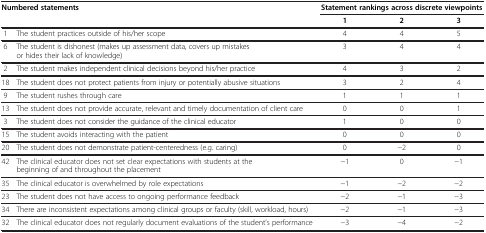
<table><thead><tr><td colspan="2"><b>Numbered statements</b></td><td colspan="3"><b>Statement rankings across discrete viewpoints</b></td></tr><tr><td colspan="2"><b> </b></td><td><b>1</b></td><td><b>2</b></td><td><b>3</b></td></tr></thead><tbody><tr><td>1</td><td>The student practices outside of his/her scope</td><td>4</td><td>4</td><td>5</td></tr><tr><td>6</td><td>The student is dishonest (makes up assessment data, covers up mistakes or hides their lack of knowledge)</td><td>3</td><td>4</td><td>4</td></tr><tr><td>2</td><td>The student makes independent clinical decisions beyond his/her practice</td><td>4</td><td>3</td><td>2</td></tr><tr><td>18</td><td>The student does not protect patients from injury or potentially abusive situations</td><td>3</td><td>2</td><td>4</td></tr><tr><td>9</td><td>The student rushes through care</td><td>1</td><td>1</td><td>1</td></tr><tr><td>13</td><td>The student does not provide accurate, relevant and timely documentation of client care</td><td>0</td><td>0</td><td>1</td></tr><tr><td>3</td><td>The student does not consider the guidance of the clinical educator</td><td>1</td><td>0</td><td>0</td></tr><tr><td>15</td><td>The student avoids interacting with the patient</td><td>0</td><td>0</td><td>0</td></tr><tr><td>20</td><td>The student does not demonstrate patient-centeredness (e.g. caring)</td><td>0</td><td>−2</td><td>0</td></tr><tr><td>42</td><td>The clinical educator does not set clear expectations with students at the beginning of and throughout the placement</td><td>−1</td><td>0</td><td>−1</td></tr><tr><td>35</td><td>The clinical educator is overwhelmed by role expectations</td><td>−1</td><td>−2</td><td>−2</td></tr><tr><td>23</td><td>The student does not have access to ongoing performance feedback</td><td>−2</td><td>−1</td><td>−3</td></tr><tr><td>34</td><td>There are inconsistent expectations among clinical groups or faculty (skill, workload, hours)</td><td>−2</td><td>−1</td><td>−3</td></tr><tr><td>32</td><td>The clinical educator does not regularly document evaluations of the student’s performance</td><td>−3</td><td>−4</td><td>−2</td></tr></tbody></table>